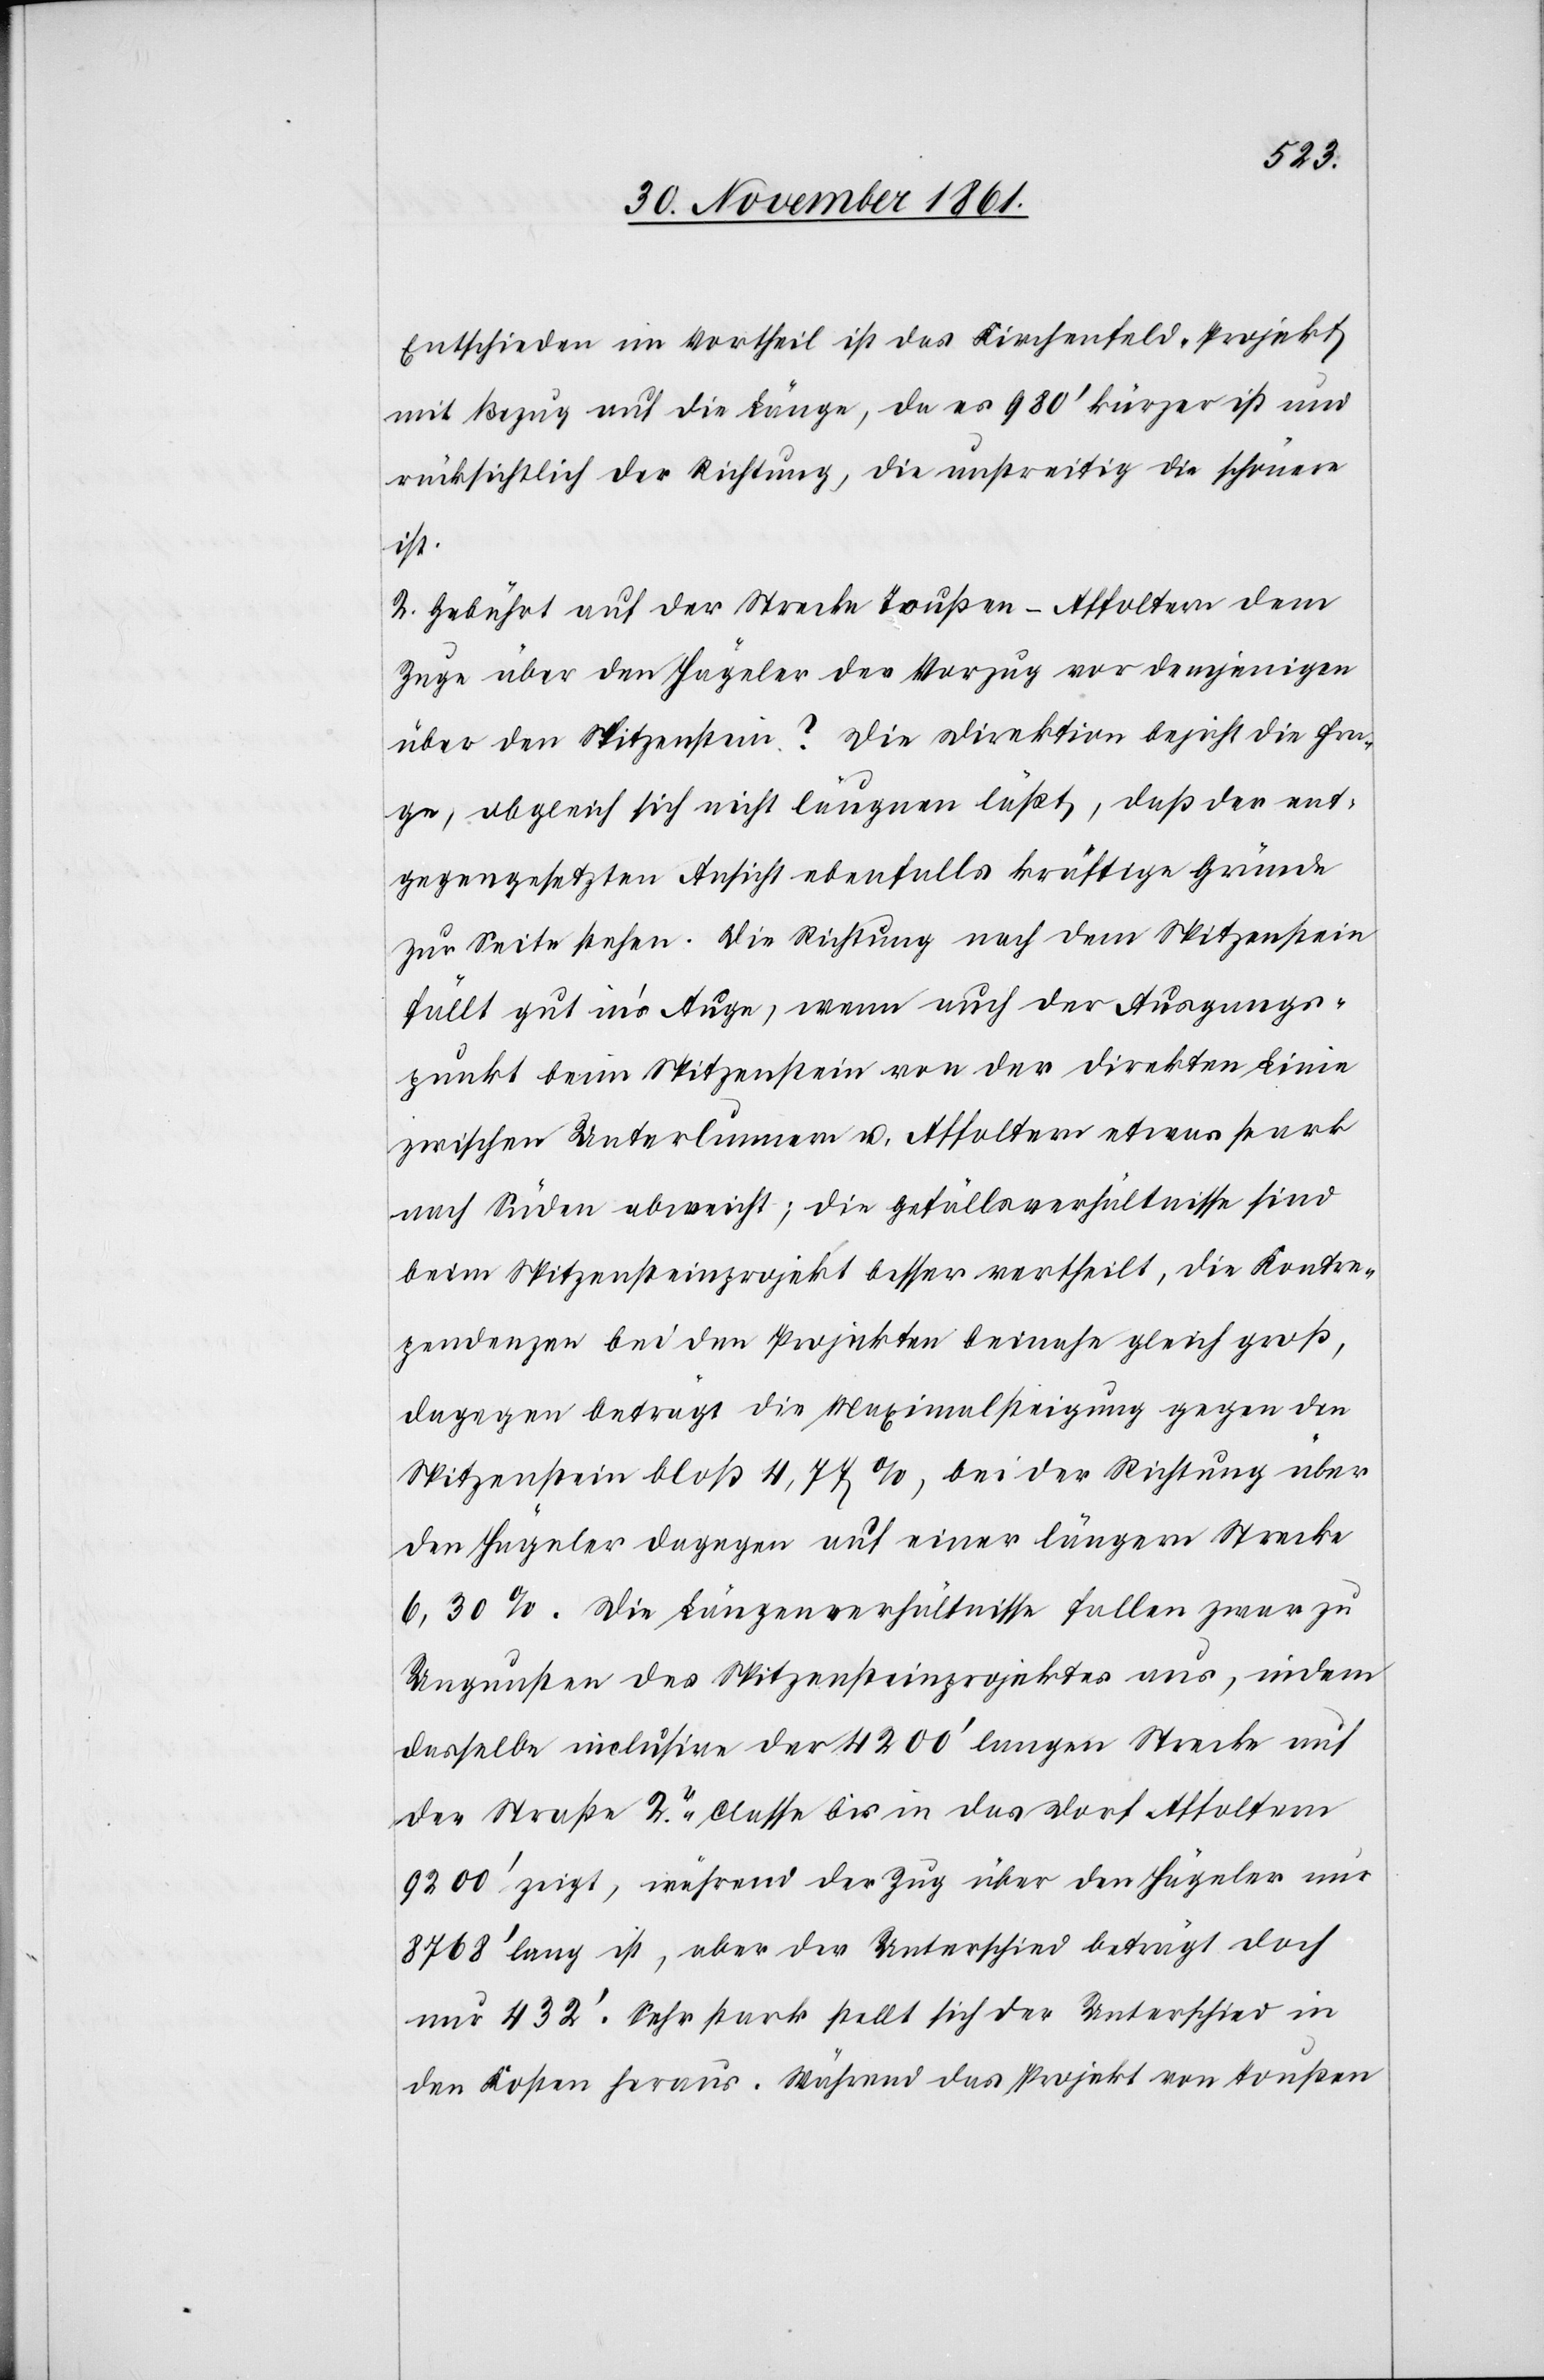
Entschieden im Vortheil ist das Kirchenfeld-Projekt
mit Bezug auf die Länge, da es 980’ kürzer ist und
rücksichtlich der Richtung, die unstreitig die schönere
ist.
2. Gebührt auf der Strecke Toußen-Affoltern dem
Zuge über den Hägeler der Vorzug vor demjenigen
über den Spitzenstein? Die Direktion bejaht die Fra¬
ge, obgleich sich nicht läugnen läßt, daß der ent¬
gegengesetzten Ansicht ebenfalls kräftige Gründe
zur Seite stehen. Die Richtung nach dem Spitzenstein
fällt gut in’s Auge, wenn auch der Ausgangs¬
punkt beim Spitzenstein von der direkten Linie
zwischen Unterlunnern u. Affoltern etwas stark
nach Süden abweicht; die Gefällsverhältnisse sind
beim Spitzensteinprojekt besser vertheilt, die Kontre¬
zendenzen bei den Projekten beinahe gleich groß,
dagegen beträgt die Maximalsteigung gegen den
Spitzenstein bloß 4,77 %, bei der Richtung über
den Hägeler dagegen auf einer längern Strecke
6,30 %. Die Längenverhältnisse fallen zwar zu
Ungunsten des Spitzensteinprojektes aus, indem
dasselbe inclusive der 4200’ langen Strecke auf
der Straße 2r Classe bis in das Dorf Affoltern
9200’ zeigt, während der Zug über den Hägeler nur
8768’ lang ist, aber der Unterschied beträgt doch
nur 432’. Sehr stark stellt sich der Unterschied in
den Kosten heraus. Während das Projekt von Toußen